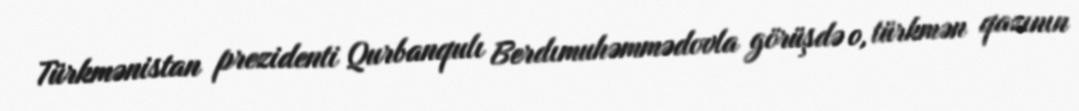
Türkmənistan prezidenti Qurbanqulı Berdımuhəmmədovla görüşdə o, türkmən qazının